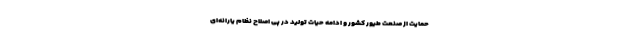
حمایت از صنعت طیور کشور و ادامه حیات تولید در پی اصلاح نظام یارانه‌ای